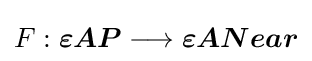
F:{\boldsymbol {\varepsilon {AP}}}\longrightarrow {\boldsymbol {\varepsilon {ANear}}}